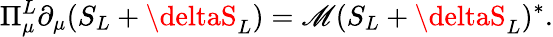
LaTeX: \Pi_{\mu}^{L}\partial_{\mu}(S_{L}+\deltaS_{L})=\mathscr{M}(S_{L}+\deltaS_{L})^{*}.